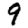
Digit: 9